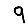
Digit: 9